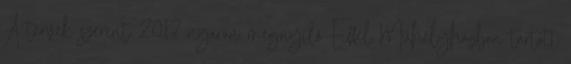
A tervek szerint 2017 nyarán megnyíló Eiffel Műhelyházban tartott